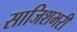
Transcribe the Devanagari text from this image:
साजिशभरी